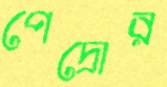
পেদ্রোর